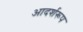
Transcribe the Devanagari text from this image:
आदर्शरूप